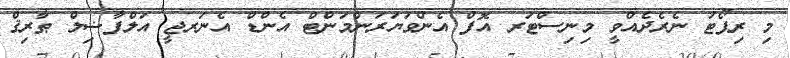
މި ރިޕޯޓު ނެރެދެއްވީ މިނިސްޓަރ އޮފް އެންވަޔަރަންމަންޓް އެންޑް އެނަރޖީ އަލްފާޟިލް ޠާރިޤް